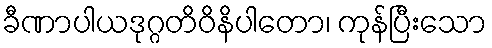
ခီဏာပါယဒုဂ္ဂတိဝိနိပါတော၊ ကုန်ပြီးသော